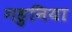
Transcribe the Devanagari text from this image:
गहुनिया